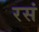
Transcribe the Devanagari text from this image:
रसं